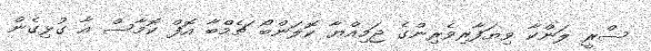
ސްރީ ލަންކާ ވިޔަފާރިވެރިންގެ ޖަމިއްޔާ ކޮލަންބޯ ޗެމްބާ އޮފް ކޮމާސް އާ ގުޅިގެން